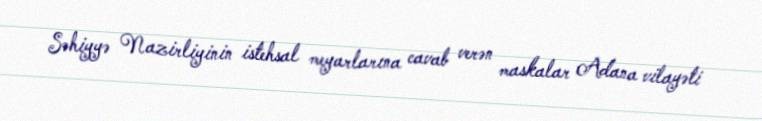
Səhiyyə Nazirliyinin istehsal meyarlarına cavab verən maskalar Adana vilayəti